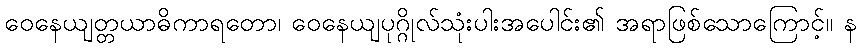
ဝေနေယျတ္တယာဓိကာရတော၊ ဝေနေယျပုဂ္ဂိုလ်သုံးပါးအပေါင်း၏ အရာဖြစ်သောကြောင့်။ န